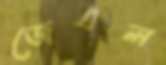
জেএল